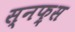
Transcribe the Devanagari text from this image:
स्नफ़्स